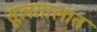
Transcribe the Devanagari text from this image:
सूलतालात